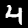
Label: 4